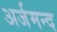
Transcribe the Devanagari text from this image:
अर्जमन्द